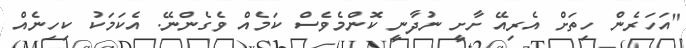
"އަހަރެން ހިތަށް އެރިއޭ ށާށީ ނުދާނީ ކޮންމެވެސް ކަމެއް ވެގެންނޭ. އެކަމަކު ކިހިނެއް